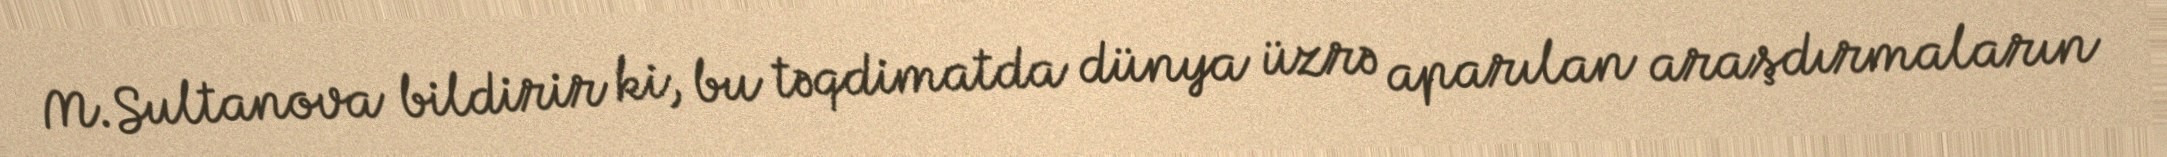
M.Sultanova bildirir ki, bu təqdimatda dünya üzrə aparılan araşdırmaların